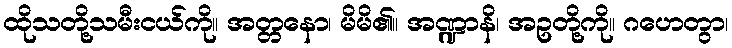
ထိုသတို့သမီးငယ်ကို။ အတ္တနော၊ မိမိ၏။ အဏ္ဍာနိ၊ အဥတို့ကို။ ဂဟေတွာ၊